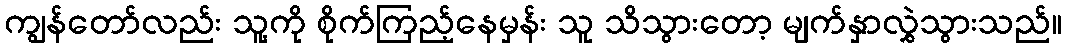
ကျွန်တော်လည်း သူ့ကို စိုက်ကြည့်နေမှန်း သူ သိသွားတော့ မျက်နှာလွှဲသွားသည်။